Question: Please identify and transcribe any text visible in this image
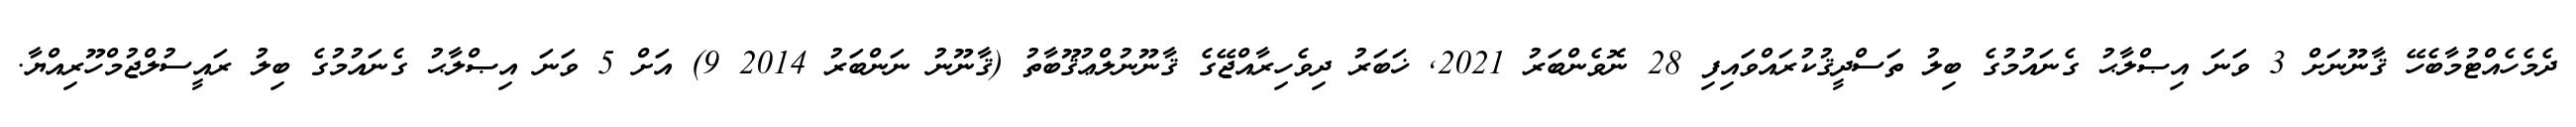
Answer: ދެމެހެއްޓުމާބެހޭ ޤާނޫނަށް 3 ވަނަ އިޞްލާޙު ގެނައުމުގެ ބިލު ތަސްދީޤުކުރައްވައިފި 28 ނޮވެންބަރު 2021, ޚަބަރު ދިވެހިރާއްޖޭގެ ޤާނޫނުލްޢުޤޫބާތު (ޤާނޫނު ނަންބަރު 2014 9) އަށް 5 ވަނަ އިޞްލާޙު ގެނައުމުގެ ބިލު ރައީސުލްޖުމްހޫރިއްޔާ.